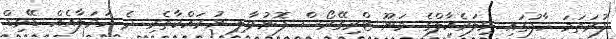
ފުރަތަމަ ހާފުގައި ވިލަރެއާލްގެ މަނޫ ޓްރިގޭރޯސް ފޮނުވާލި ނުރައްކާތެރި ދެ ހަމަލާއެއް ޑޭވިޑް